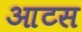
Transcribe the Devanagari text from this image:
आटस